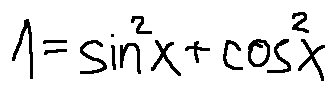
1 = \sin ^ { 2 } x + \cos ^ { 2 } x